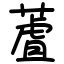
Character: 蔖